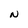
Character: N